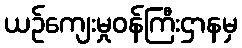
ယဉ်ကျေးမှုဝန်ကြီးဌာနမှ